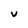
Character: V